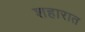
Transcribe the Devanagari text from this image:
शहारात